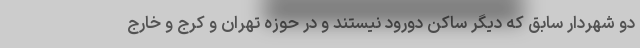
دو شهردار سابق که دیگر ساکن دورود نیستند و در حوزه تهران و کرج و خارج